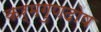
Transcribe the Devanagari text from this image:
कर्मगुणदोष